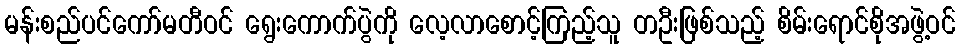
မန်းစည်ပင်ကော်မတီဝင် ရွေးကောက်ပွဲကို လေ့လာစောင့်ကြည့်သူ တဦးဖြစ်သည့် စိမ်းရောင်စိုအဖွဲ့ဝင်